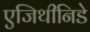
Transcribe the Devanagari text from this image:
एजिथीनिडे